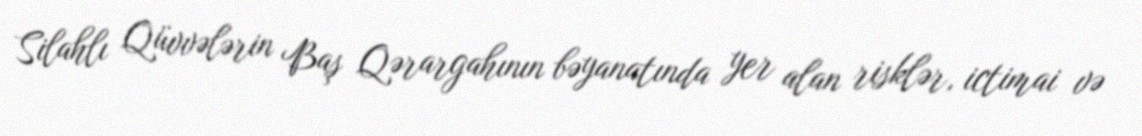
Silahlı Qüvvələrin Baş Qərargahının bəyanatında yer alan risklər, ictimai və